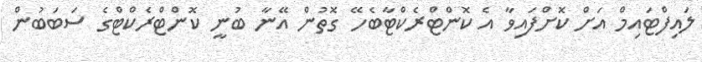
ލައިފްޓައިމް އަށް ކޮށްފައިވާ އެ ކޮންޓްރެކްޓާބެހޭ ގޮތުން އޭނާ ބުނީ ކޮންޓްރެކްޓްގެ ސަބަބުން